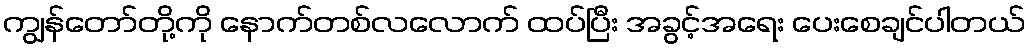
ကျွန်တော်တို့ကို နောက်တစ်လလောက် ထပ်ပြီး အခွင့်အရေး ပေးစေချင်ပါတယ်